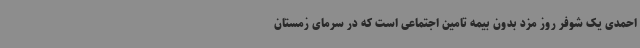
احمدی یک شوفر روز مزد بدون بیمه تامین اجتماعی است که در سرمای زمستان